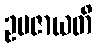
ဥပဇာယတိ